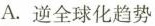
A.逆全球化趋势